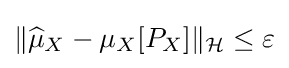
\|{\widehat {\mu }}_{X}-\mu _{X}[P_{X}]\|_{\mathcal {H}}\leq \varepsilon